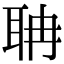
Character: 聃